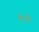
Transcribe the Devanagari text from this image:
गोडो